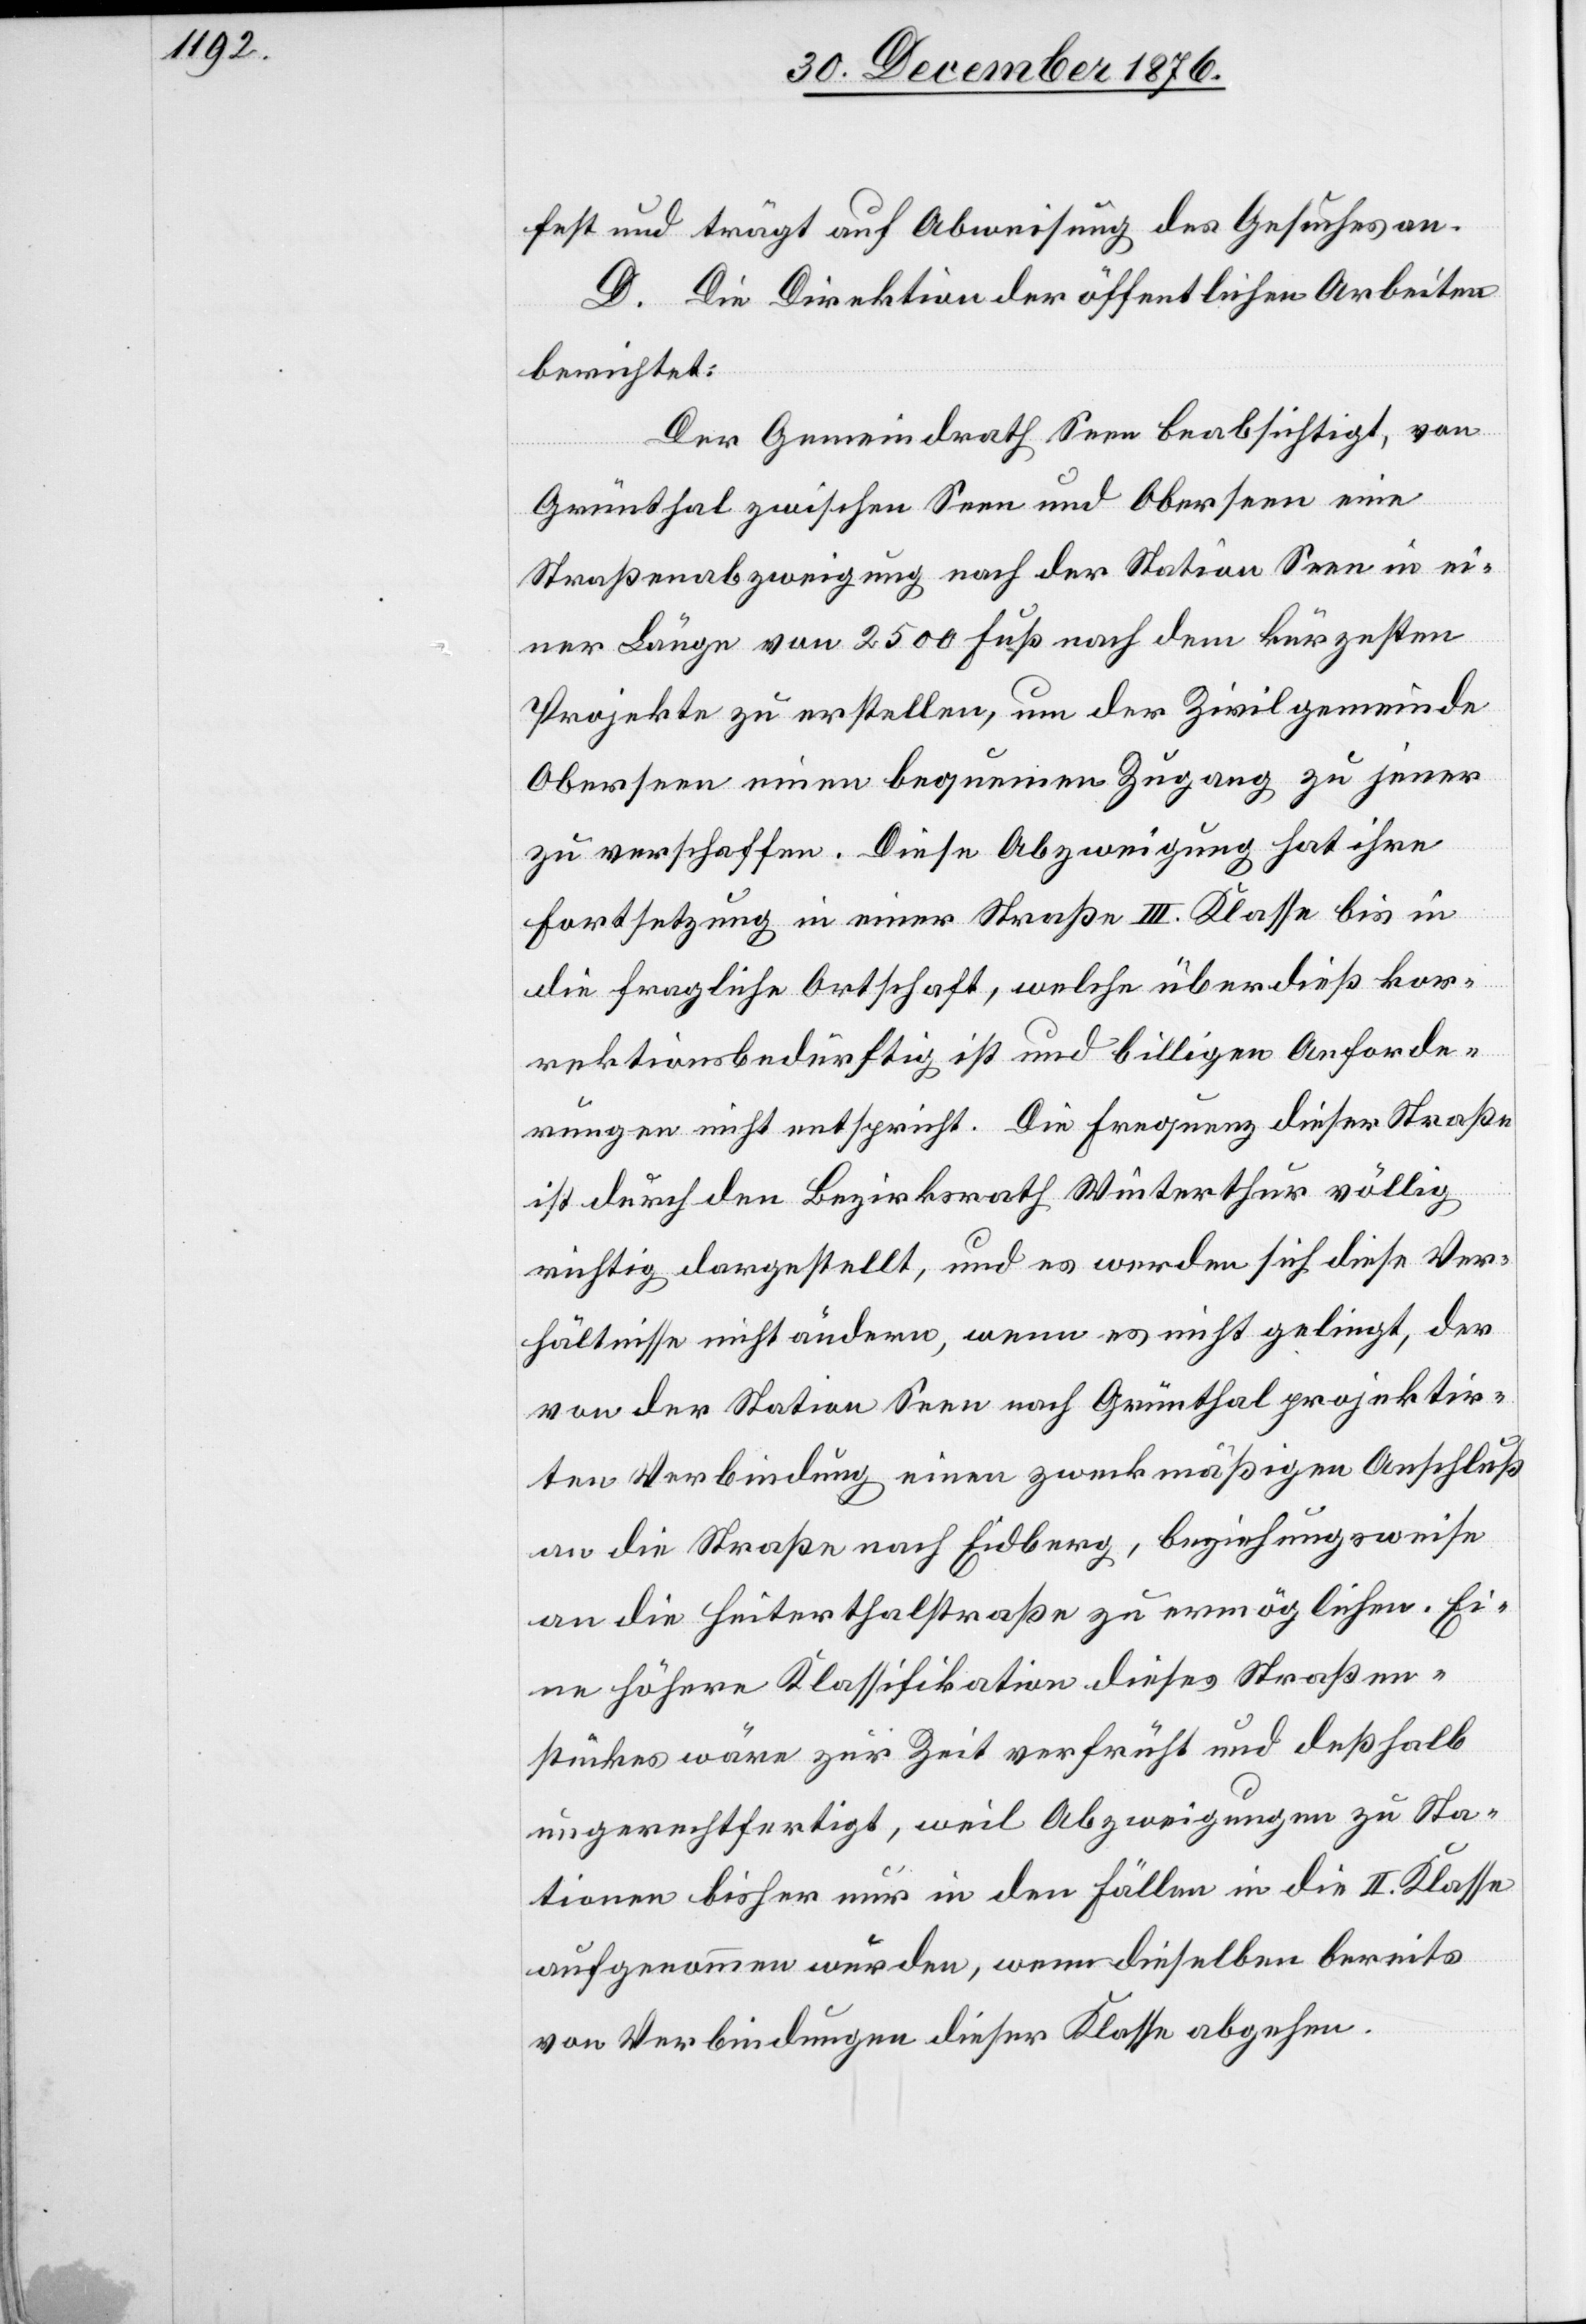
fest und trägt auf Abweisung des Gesuches an.
D. Die Direktion der öffentlichen Arbeiten
berichtet:
Der Gemeindrath Seen beabsichtigt, von
Grünthal zwischen Seen und Oberseen eine
Straßenabzweigung nach der Station Seen in ei¬
ner Länge von 2500 Fuß nach dem kürzesten
Projekte zu erstellen, um der Zivilgemeinde
Oberseen einen bequemen Zugang zu jener
zu verschaffen. Diese Abzweigung hat ihre
Fortsetzung in einer Straße II. Klasse bis in
die fragliche Ortschaft, welche überdieß kor¬
rektionsbedürftig ist und billigen Anforde¬
rungen nicht entspricht. Die Frequenz dieser Straße
ist durch den Bezirksrath Winterthur völlig
richtig dargestellt, und es werden sich diese Ver¬
hältnisse nicht ändern, wenn es nicht gelingt, der
von der Station Seen nach Grünthal projektir¬
ten Verbindung einen zweckmäßigen Anschluß
an die Straße nach Eidberg, beziehungsweise
an die Hinterthalstraße zu ermöglichen. Ei¬
ne höhere Klassifikation dieses Straßen¬
stückes wäre zur Zeit verführt und deßhalb
ungerechtfertigt, weil Abzweigungen zu Sta¬
tionen bisher nur in den Fällen in die II. Klasse
aufgenommen wurden, wenn dieselben bereits
von Verbindungen dieser Klasse abgehen.